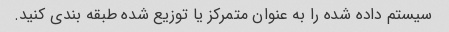
سیستم داده شده را به عنوان متمرکز یا توزیع شده طبقه بندی کنید.